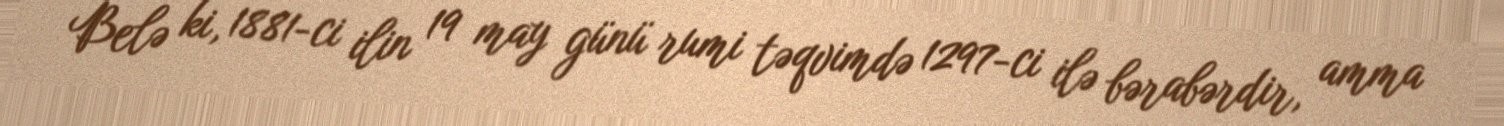
Belə ki, 1881-ci ilin 19 may günü rumi təqvimdə 1297-ci ilə bərabərdir, amma